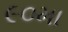
૯૦મા